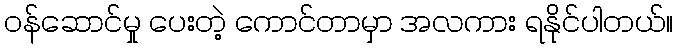
ဝန်ဆောင်မှု ပေးတဲ့ ကောင်တာမှာ အလကား ရနိုင်ပါတယ်။